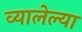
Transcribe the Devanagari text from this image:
व्यालेल्या